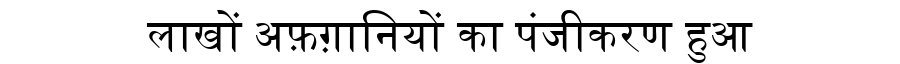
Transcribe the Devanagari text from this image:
लाखों अफ़ग़ानियों का पंजीकरण हुआ